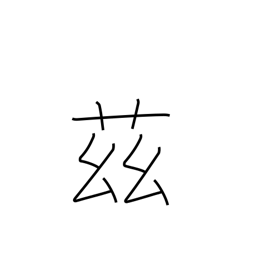
Meaning: here